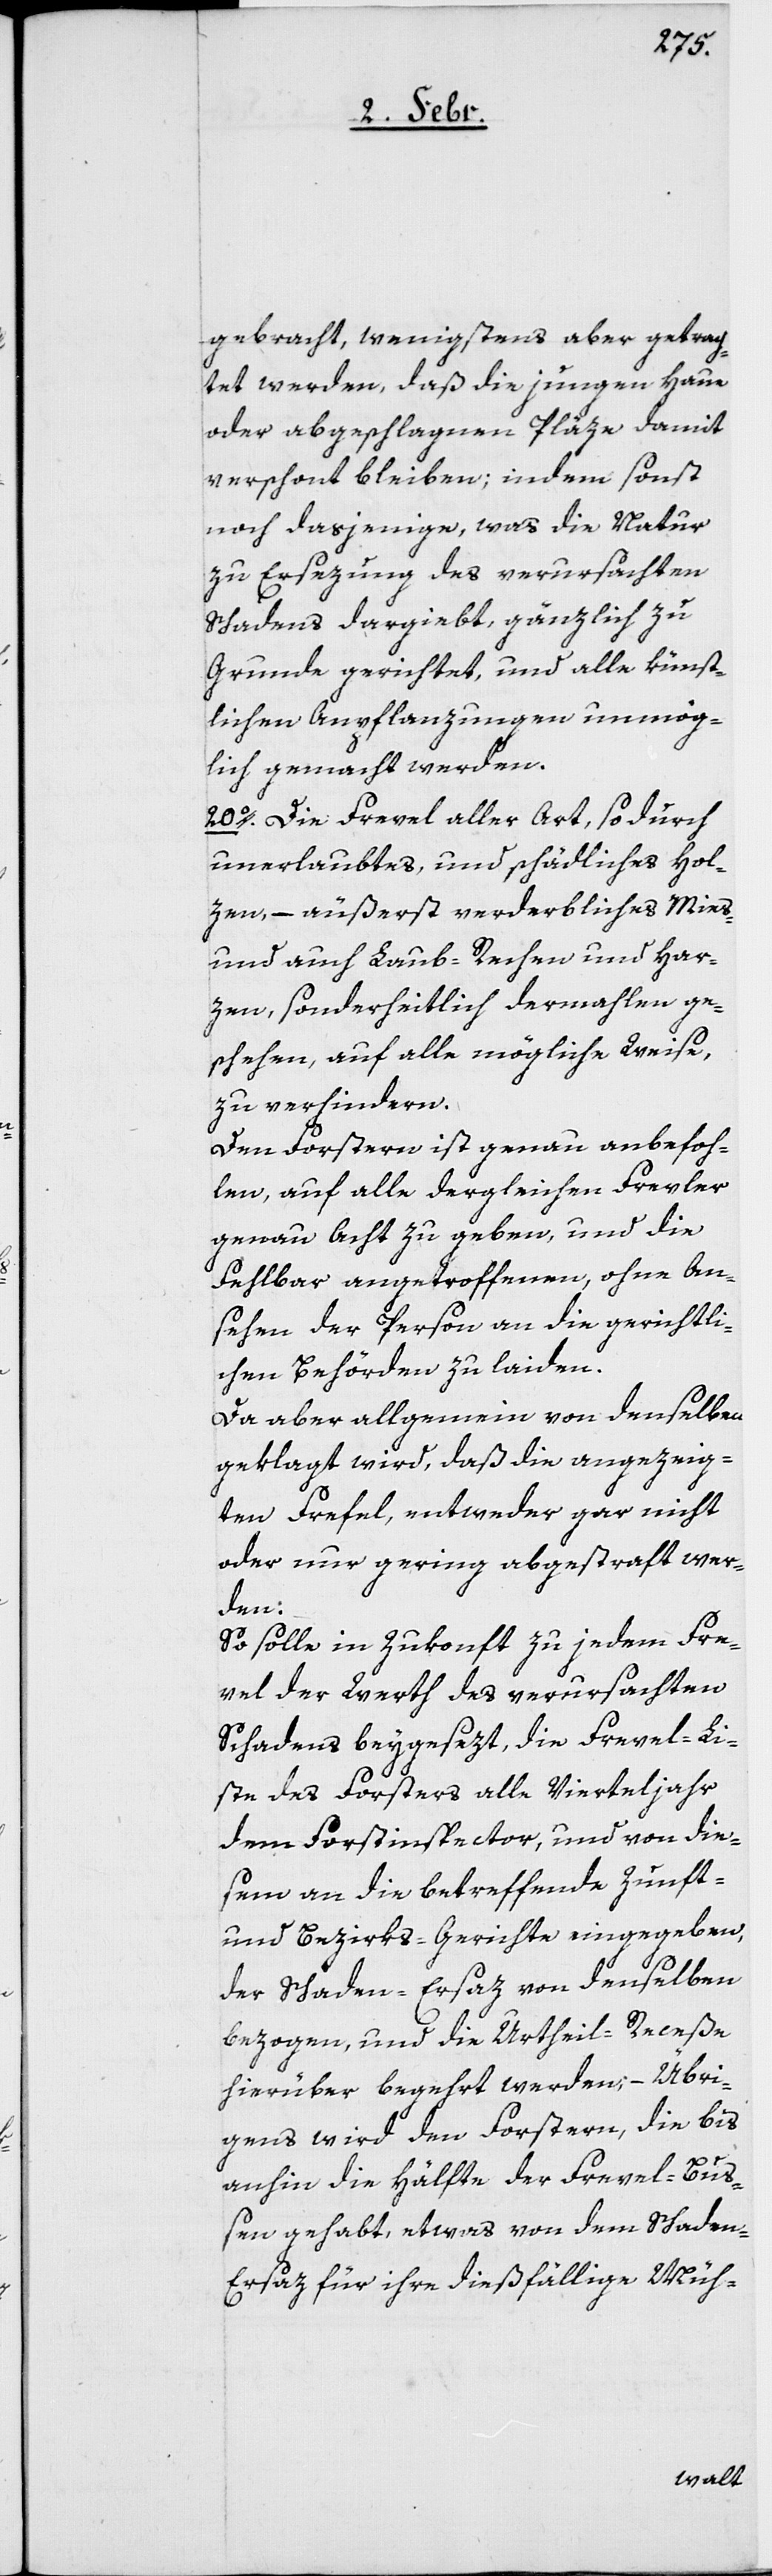
gebracht, wenigstens aber getrach¬
tet werden, daß die jungen Haue
oder abgeschlagenen Pläze damit
verschont bleiben; indem sonst
noch dasjenige, was die Natur
zu Ersezung des verursachten
Schadens dargiebt, gänzlich zu
Grunde gerichtet, und alle künst¬
lichen Anpflanzungen unmög¬
lich gemacht werden.
20o. Die Frevel aller Art, so durch
unerlaubtes, und schädliches Hol¬
zen, – äußerst verderbliches Mies-
und auch Laub-Rechen und Har¬
zen, sonderheitlich dermahlen ge¬
schehen, auf alle mögliche Weise,
zu verhindern.
Den Forstern ist genau anbefoh¬
len, auf alle dergleichen Frevler
genau Acht zu geben, und die
Fehlbar angetroffenen, ohne An¬
sehen der Person, an die gerichtli¬
chen Behörden zu laiden.
Da aber allgemein von denselben
geklagt wird, daß die angezeig¬
ten Frefel entweder gar nicht
oder nur gering abgestraft wer¬
den:
So solle in Zukonft zu jedem Fre¬
vel der Werth des verursachten
Schadens beygesezt, die Frevel-Li¬
ste des Forsters alle Vierteljahr
dem Forstinspector, und von die¬
sem an die betreffende Zunft-
und Bezirks-Gerichte eingegeben,
der Schaden-Ersaz von denselben
bezogen, und die Urtheil-Receße
hierüber begehrt werden; – Übri¬
gens wird den Forstern, die bis
anhin die Hälfte der Frevel-Bu¬
ßen gehabt, etwas von dem Schaden-E¬
rsaz für ihre dießfällige Müh-